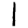
Digit: 1